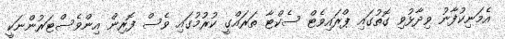
އެމަނިކުފާނު ވިދާޅުވި ގޮތުގައި ޕްރައިވެޓް ސެކްޓާ ތަރައްގީ ކުރުމުގައި ވެސް ފޮރިން އިންވެސްޓަރުންނަކީ